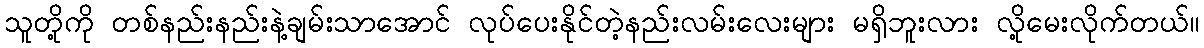
သူတို့ကို တစ်နည်းနည်းနဲ့ချမ်းသာအောင် လုပ်ပေးနိုင်တဲ့နည်းလမ်းလေးများ မရှိဘူးလား လို့မေးလိုက်တယ်။